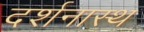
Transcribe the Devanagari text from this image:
दर्शनास्थ